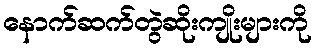
နောက်ဆက်တွဲဆိုးကျိုးများကို